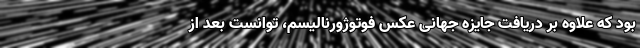
بود که علاوه بر دریافت جایزه جهانی عکس فوتوژورنالیسم، توانست بعد از